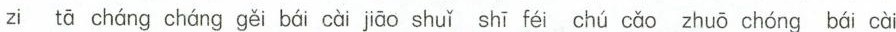
zi tā cháng cháng gěi bái cài jiāo shuǐ shī féi chú cǎo zhuō chóng bái cài